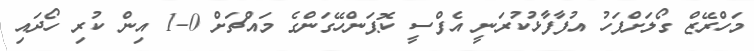
މަހްރޭޒް ގޯލަށްފަހު އުފާފާޅުކުރަނީ އެފްސީ ކޮޕަންހޭގަންގެ މައްޗަށް 0-1 އިން ކުރި ހޯދައި